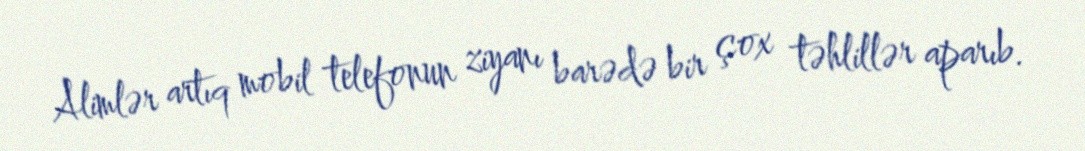
Alimlər artıq mobil telefonun ziyanı barədə bir çox təhlillər aparıb.